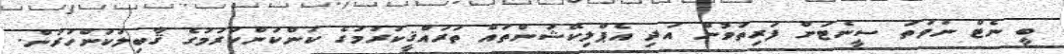
ބީ ނެޓް ނުވަތަ ސީނެޓަށް ފަރިތަވުން އަދި އެޕްލިކޭޝަންތައް ތަރައްޤީކުރުމުގެ ކަންކަންކުރުމުގެ ޤާބިލުކަންހުރުން.